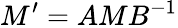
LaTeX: M^{\prime}=AMB^{-1}